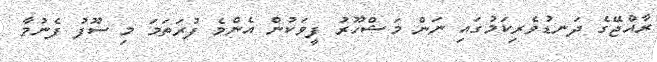
ރާއްޖޭގެ ދަނޑުވެރިކަމުގައި ނަން މަޝްހޫރު ފީވަކުން އެންމެ ފުރަތަމަ މި ސޫފު ފެނުމާ